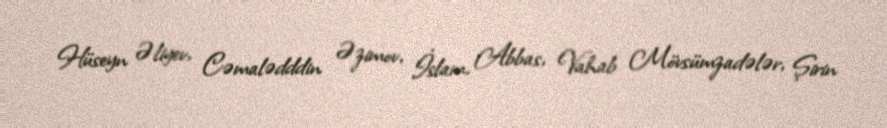
Hüseyn Əliyev, Cəmalədddin Əzimov, İslam, Abbas, Vahab Mövsümzadələr, Şirin